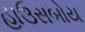
હાઉસબોય